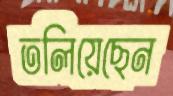
তলিয়েছেন